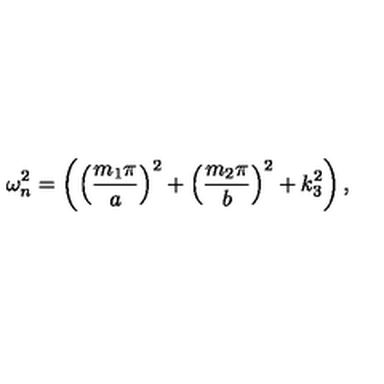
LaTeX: \omega _ { n } ^ { 2 } = \left( \left( \frac { m _ { 1 } \pi } { a } \right) ^ { 2 } + \left( \frac { m _ { 2 } \pi } { b } \right) ^ { 2 } + k _ { 3 } ^ { 2 } \right) ,